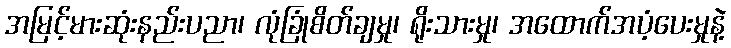
အမြင့်မားဆုံးနည်းပညာ၊ လုံခြုံစိတ်ချမှု၊ ရိုးသားမှု၊ အထောက်အပံ့ပေးမှုနဲ့